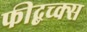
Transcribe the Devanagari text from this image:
फीद्बच्क्स